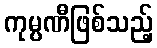
ကုမ္ပဏီဖြစ်သည့်